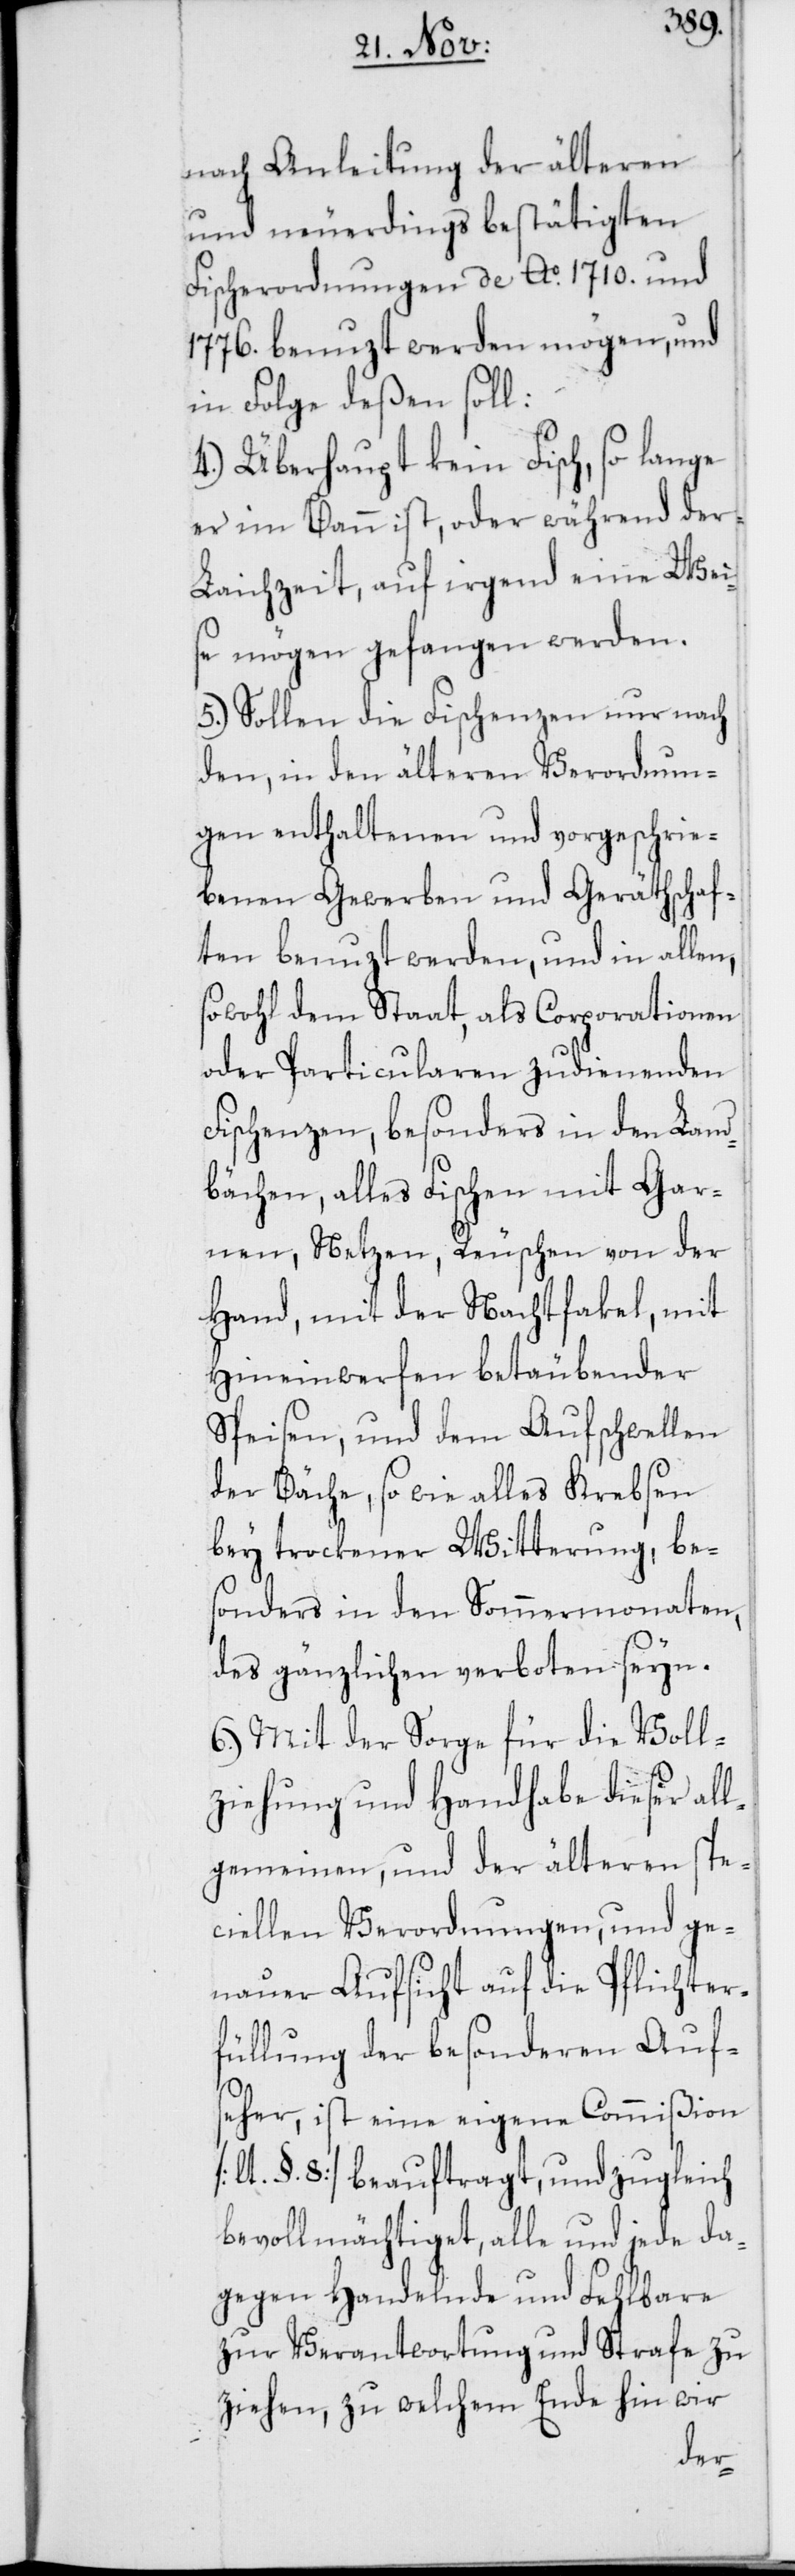
nach Anleitung der älteren
und neuerdings bestätigten
Fischerordnungen de Ao. 1710. und
1776. benuzt werden mögen, und
in Folge deßen soll:
4.) Überhaupt kein Fisch, so lange
er im Bann ist, oder während der
Laichzeit, auf irgend eine Wei¬
se mögen gefangen werden.
5.) Sollen die Fischenzen nur nach
den, in den älteren Verordnun¬
gen enthaltenen und vorgeschrie¬
benen Gewerben und Geräthschaf¬
ten benuzt werden, und in allen,
sowohl dem Staat, als Corporationen
oder Particularen zudienenden
Fischenzen, besonders in den Land¬
bächen, alles Fischen mit Gar¬
nen, Netzen, Reuschen von der
Hand, mit der Nachtfakel, mit
Hineinwerfen betäubender
Speisen, und dem Aufschwellen
der Bäche, so wie alles Krebsen
bey trockener Witterung, be¬
sonders in den Sommermonaten,
des gänzlichen verboten seyn.
6.) Mit der Sorge für die Voll¬
ziehung und Handhabe dieser all¬
gemeinen, und der älteren spe¬
ciellen Verordnungen, und ge¬
nauer Aufsicht auf die Pflichter¬
füllung der besonderen Auf¬
seher, ist eine eigene Commißion
[lt. §. 8.] beauftragt, und zugleich
bevollmächtiget, alle und jede da¬
gegen Handelnde und Fehlbare
zur Verantwortung und Strafe zu
ziehen, zu welchem Ende hin wir